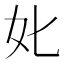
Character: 𡚨